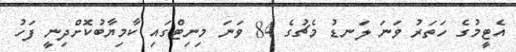
އެޓީމުގެ ހަތަރު ވަނަ ލަނޑު މެޗުގެ 84 ވަނަ މިނިޓްގައި ކާމިޔާބުކޮށްދިނީ ފަހު